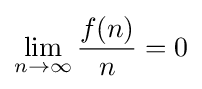
\lim _{n\to \infty }{\frac {f(n)}{n}}=0